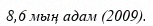
8,6 мың адам (2009).